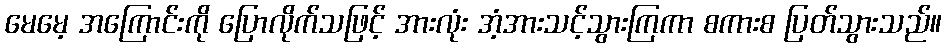
မေမေ့ အကြောင်းကို ပြောလိုက်သဖြင့် အားလုံး အံ့အားသင့်သွားကြကာ စကားစ ပြတ်သွားသည်။